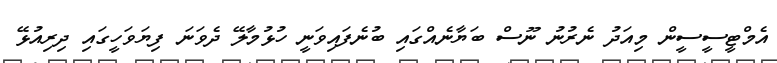
އެމްޓީސީސީން މިއަދު ނެރުނު ނޫސް ބަޔާނެއްގައި ބުނެފައިވަނީ ހުޅުމާލޭ ދެވަނަ ފިޔަވަހީގައި ދިރިއުޅޭ